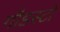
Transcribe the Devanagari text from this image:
गॉडस्टो